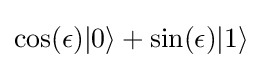
{\textstyle \cos(\epsilon )|0\rangle +\sin(\epsilon )|1\rangle }